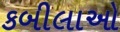
કબીલાઓ